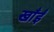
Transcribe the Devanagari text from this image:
खाँईं